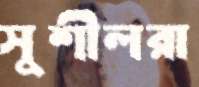
সুশীলরা